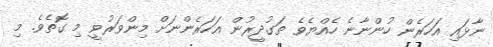
ނާޅައި އަހަރެން ހުންނާނެ ހެއްޔެވެ ތަގުދީރުން އަހަރެންނަށް މިންވަރުވީ މި ގޮތެވެ. މި